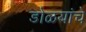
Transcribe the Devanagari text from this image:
डोळयांचे